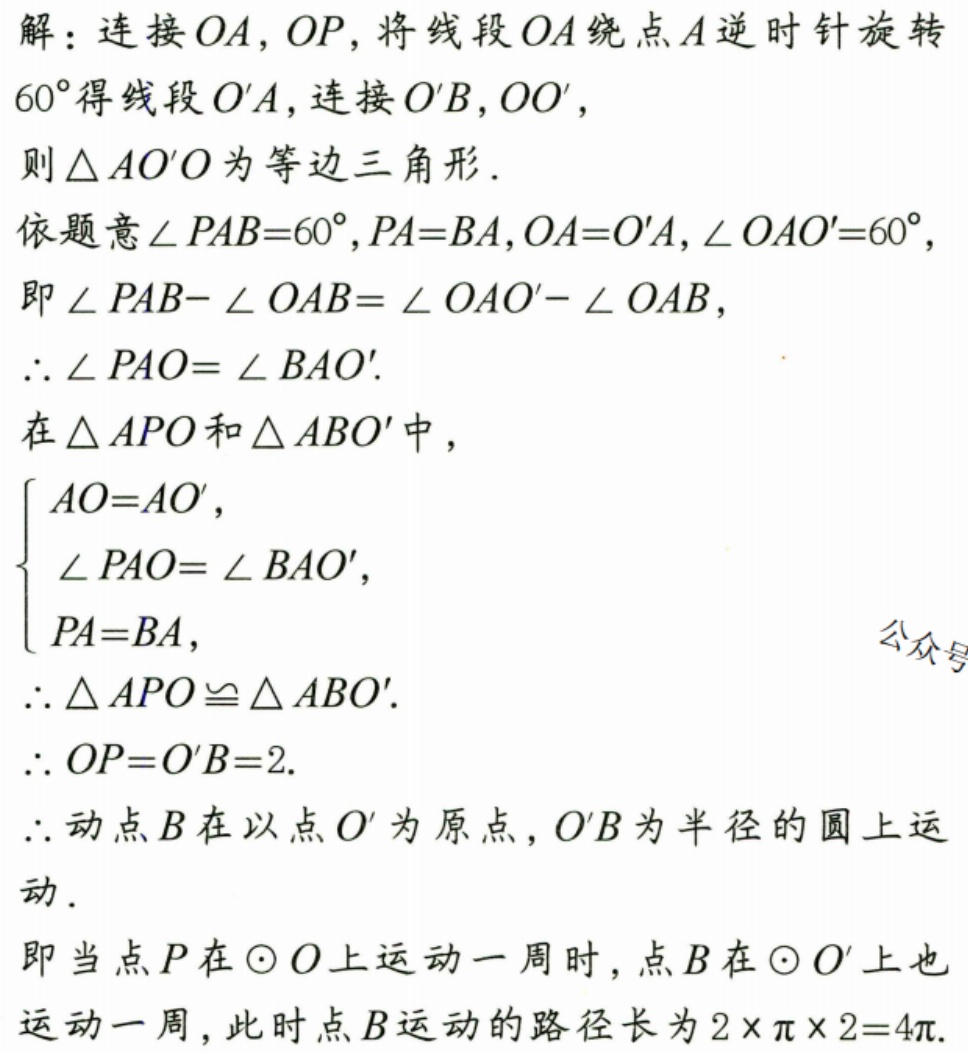
解：连接\(OA\)，\(OP\)，将线段\(OA\)绕点\(A\)逆时针旋转\(60^{\circ}\)得线段\(O'A\)，连接\(O'B\)，\(OO'\)，
则\(\triangle AO'O\)为等边三角形．
依题意\(\angle PAB = 60^{\circ}\)，\(PA = BA\)，\(OA = O'A\)，\(\angle OAO' = 60^{\circ}\)，
即\(\angle PAB - \angle OAB=\angle OAO' - \angle OAB\)，
\(\therefore\angle PAO=\angle BAO'\).
在\(\triangle APO\)和\(\triangle ABO'\)中，
\(\begin{cases}
AO = AO',\\
\angle PAO=\angle BAO',\\
PA = BA,
\end{cases}\)
\(\therefore\triangle APO\cong\triangle ABO'\).
\(\therefore OP = O'B = 2\).
\(\therefore\)动点\(B\)在以点\(O'\)为圆心，\(O'B\)为半径的圆上运动．
即当点\(P\)在\(\odot O\)上运动一周时，点\(B\)在\(\odot O'\)上也运动一周，此时点\(B\)运动的路径长为\(2\times\pi\times2 = 4\pi\).